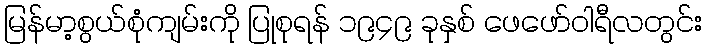
မြန်မာ့စွယ်စုံကျမ်းကို ပြုစုရန် ၁၉၄၉ ခုနှစ် ဖေဖော်ဝါရီလတွင်း